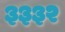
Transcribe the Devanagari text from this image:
३३३२